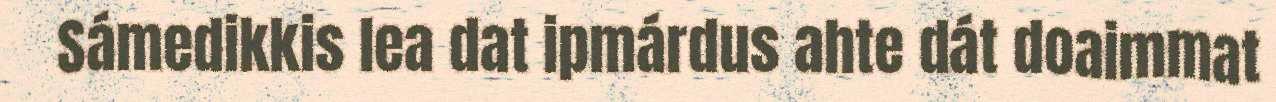
Sámedikkis lea dat ipmárdus ahte dát doaimmat